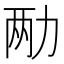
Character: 𫦩